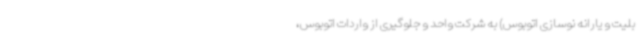
بلیت و یارانه نوسازی اتوبوس) به شرکت واحد و جلوگیری از واردات اتوبوس،